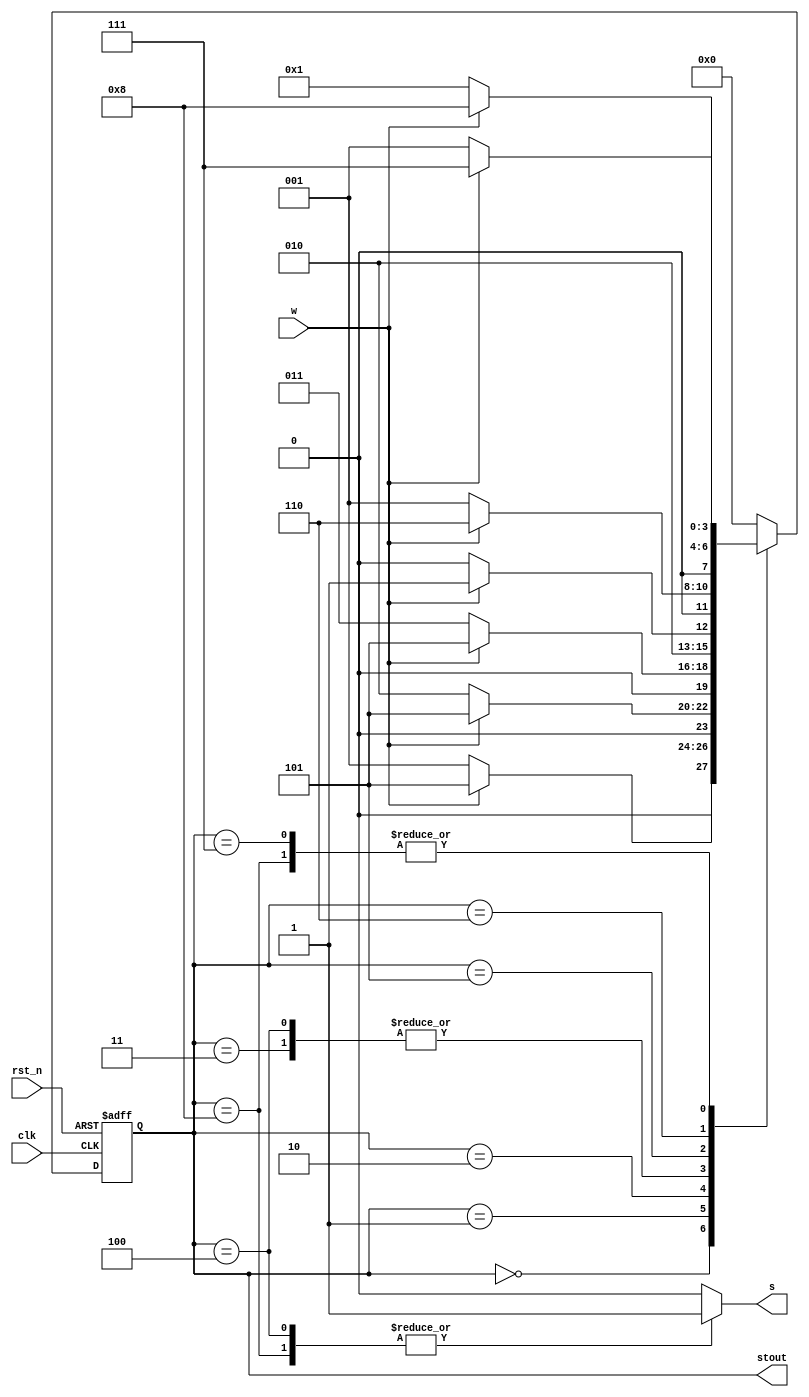
///// MIGUEL BENAVIDES JIMENEZ 
///// Finite-State Machine

module fsm(

	output reg s,
	output [3:0] stout,
	input w, clk, rst_n

);

	parameter A = 4'b0000,
	B = 4'b0001,
	C = 4'b0010,
	D = 4'b0011,
	E = 4'b0100,
	F = 4'b0101,
	G = 4'b0110,
	H = 4'b0111,
	I = 4'b1000;

	reg [3:0] state, next;
	
	assign stout = state;
	
always @(posedge clk or negedge rst_n)
	
	begin
	if (!rst_n) state <= A;
	else state <= next;
	end
	
always @(state or w) begin
	next = 4'bx;
	s = 1'b0;

case (state)
	A :if (!w) next = B;
		else next = F;
	B :if (w) next = F;
		else next = C;
	C :if (w) next = F;
		else next = D;
	D :if (w) next = F;
		else next = E;
	E :begin
		s = 1'b1; 
		if (w) next = F;
		else next = E;
		end
	F :if (w) next = G;
		else next = B;
	G :if (w) next = H;
		else next = B;
	H :if (w) next = I;
		else next = B;
	I :begin
		s = 1'b1;
		if (w) next = I;
		else next = B;
		end
	default next = A;
endcase

end
endmodule